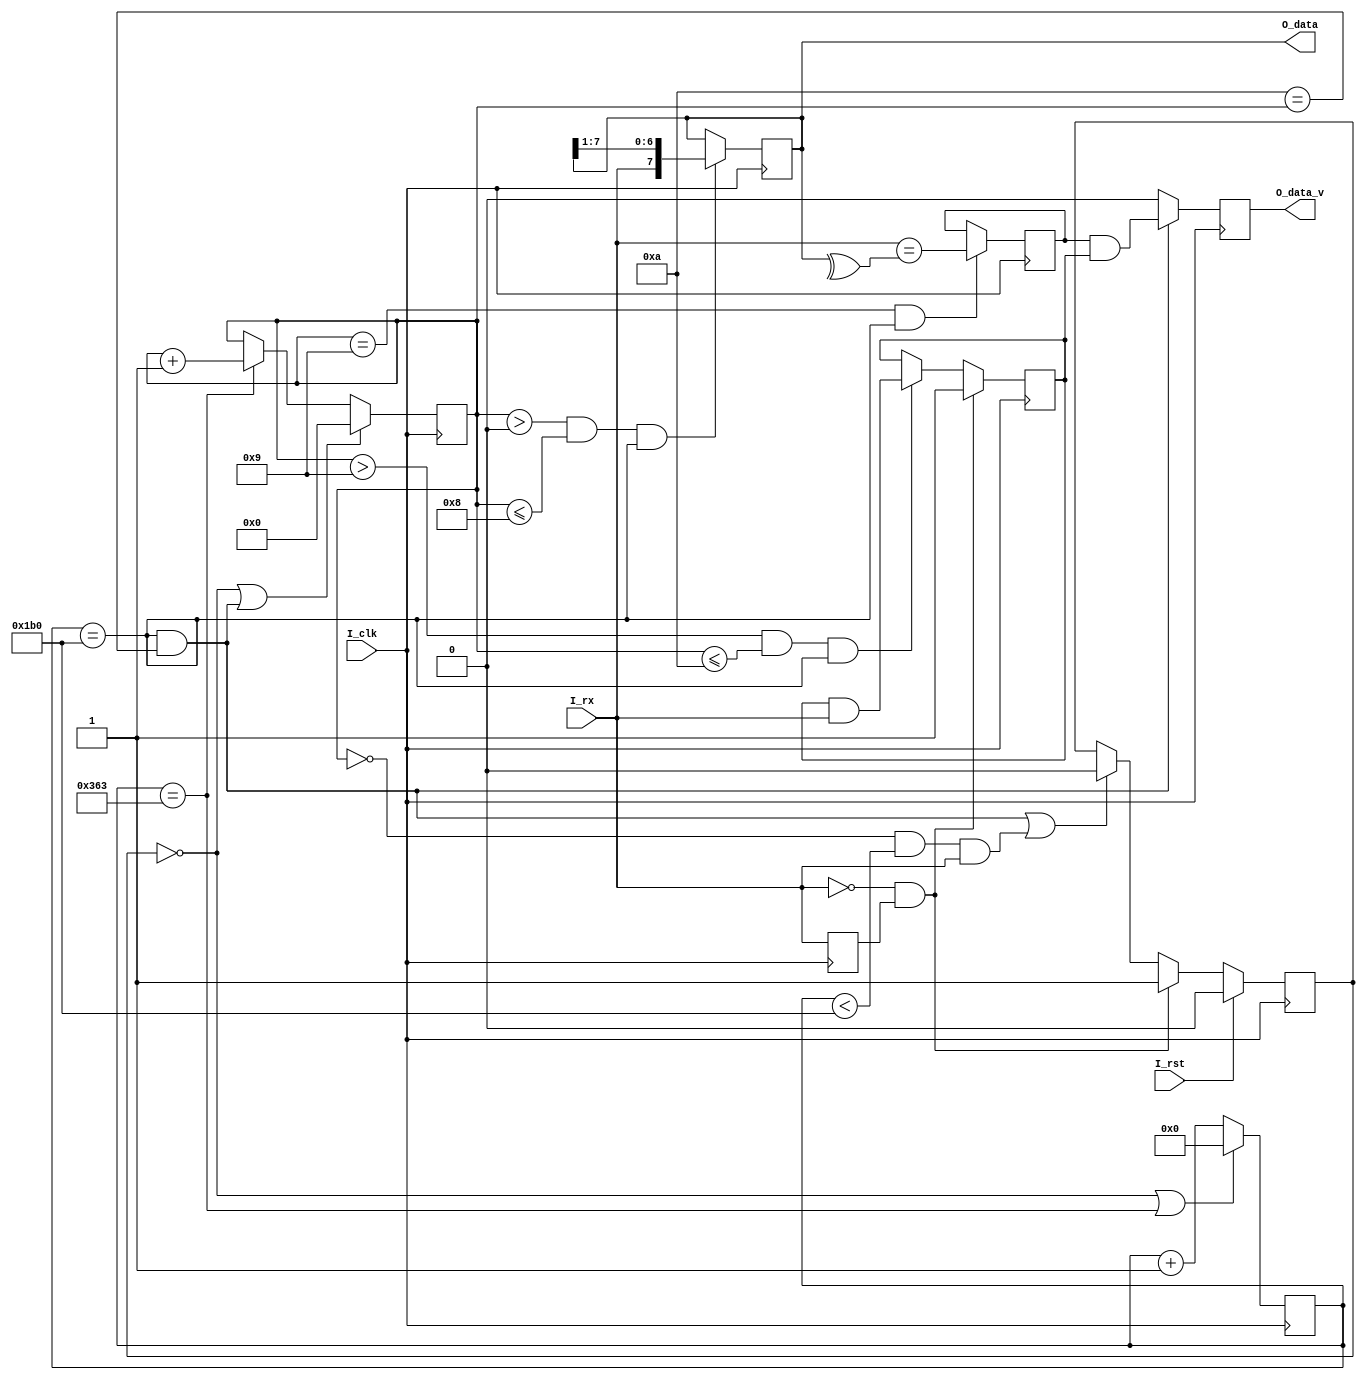
`timescale 1ns/100ps
module uart_rx
#(
parameter C_BAUD_RATE  = 115200    ,            //baud rate,unit is Hz
parameter C_CLK_FREQ   = 100000000 ,            //I_clk frequency,unit is Hz
parameter C_DATA_WIDTH = 8         ,            //data width, default is 8
parameter C_STOP_WIDTH = 1         ,            //stop bit number, default is 1, 1.5 should set to 2
parameter C_CHECK      = 1         ,            //check bit setting, 0 means none, 1 means even, 2 means odd
parameter C_MSB        = 0                      //data order, 1 means msb, 0 means lsb, default is lsb
)
(
input                          I_clk         ,  //clock
input                          I_rst         ,  //sync reset,high valid
input                          I_rx          ,  //uart rx port
output reg  [C_DATA_WIDTH-1:0] O_data = 0    ,  //receive data
output reg                     O_data_v = 0     //receive data valid,high valid 
);

localparam C_BIT_PERIOD = C_CLK_FREQ/C_BAUD_RATE-1;
localparam C_BIT_HALF_PERIOD = C_BIT_PERIOD/2-1;
localparam C_BIT_NUM = C_DATA_WIDTH + 1 + (C_CHECK != 0) + C_STOP_WIDTH - 1;
localparam C_BIT_PERIOD_WIDTH = F_width(C_BIT_PERIOD);
localparam C_BIT_NUM_WIDTH = F_width(C_BIT_NUM);

reg S_rx_v = 0;
reg [C_BIT_PERIOD_WIDTH-1:0] S_bit_cnt = 0;
reg [C_BIT_NUM_WIDTH-1:0] S_bit_num = 0;
reg S_check_right = 0;
reg S_stop_right = 0;
reg S_rx = 0;

always @(posedge I_clk)
begin
    S_rx <= I_rx;
    if(I_rst)
        S_rx_v <= 1'b0;
    else if(!I_rx && S_rx)
        S_rx_v <= 1'b1;
    else if(((S_bit_cnt == C_BIT_HALF_PERIOD) && (C_BIT_NUM == S_bit_num)) || (S_bit_num == 'd0 && S_bit_cnt < C_BIT_HALF_PERIOD && I_rx))
        S_rx_v <= 1'b0;
end

always @(posedge I_clk)
begin
    if(!S_rx_v || (S_bit_cnt == C_BIT_PERIOD))
        S_bit_cnt <= 'd0;
    else
        S_bit_cnt <= S_bit_cnt + 'd1;
    
    if(!S_rx_v || ((S_bit_cnt == C_BIT_HALF_PERIOD) && (C_BIT_NUM == S_bit_num)))
        S_bit_num <= 'd0;
    else if(S_bit_cnt == C_BIT_PERIOD)
        S_bit_num <= S_bit_num + 'd1;
end

assign S_check_bit = (C_CHECK == 1) ? (^O_data) : !(^O_data);

always @(posedge I_clk)
begin
    if(S_bit_num>'d0 && S_bit_num<=C_DATA_WIDTH && S_bit_cnt == C_BIT_HALF_PERIOD)
        O_data <= C_MSB ? {O_data[C_DATA_WIDTH-2:0],I_rx} : {I_rx,O_data[C_DATA_WIDTH-1:1]};
    if((S_bit_num == C_DATA_WIDTH+1) && (S_bit_cnt == C_BIT_HALF_PERIOD))
        S_check_right <= (C_CHECK == 0) ? 1'b1 : (I_rx == S_check_bit);
    if(!I_rx && S_rx)
        S_stop_right <= 1'b1;
    else if(S_bit_num>C_BIT_NUM-C_STOP_WIDTH && S_bit_num<=C_BIT_NUM && S_bit_cnt == C_BIT_HALF_PERIOD)
        S_stop_right <= S_stop_right && I_rx;
    
    if((S_bit_cnt == C_BIT_HALF_PERIOD) && (C_BIT_NUM == S_bit_num))
        O_data_v <= S_check_right && S_stop_right;
    else
        O_data_v <= 1'b0;
end

function integer F_width;
input integer I_num;
integer i;
begin
    for(i=0;2**i<=I_num;i=i+1)
    F_width = i;
    F_width = i;
end
endfunction

endmodule